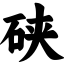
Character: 硖